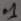
Text: .1